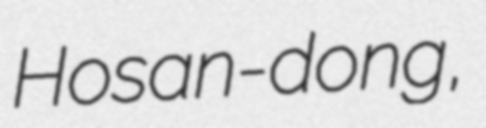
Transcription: Hosan-dong,